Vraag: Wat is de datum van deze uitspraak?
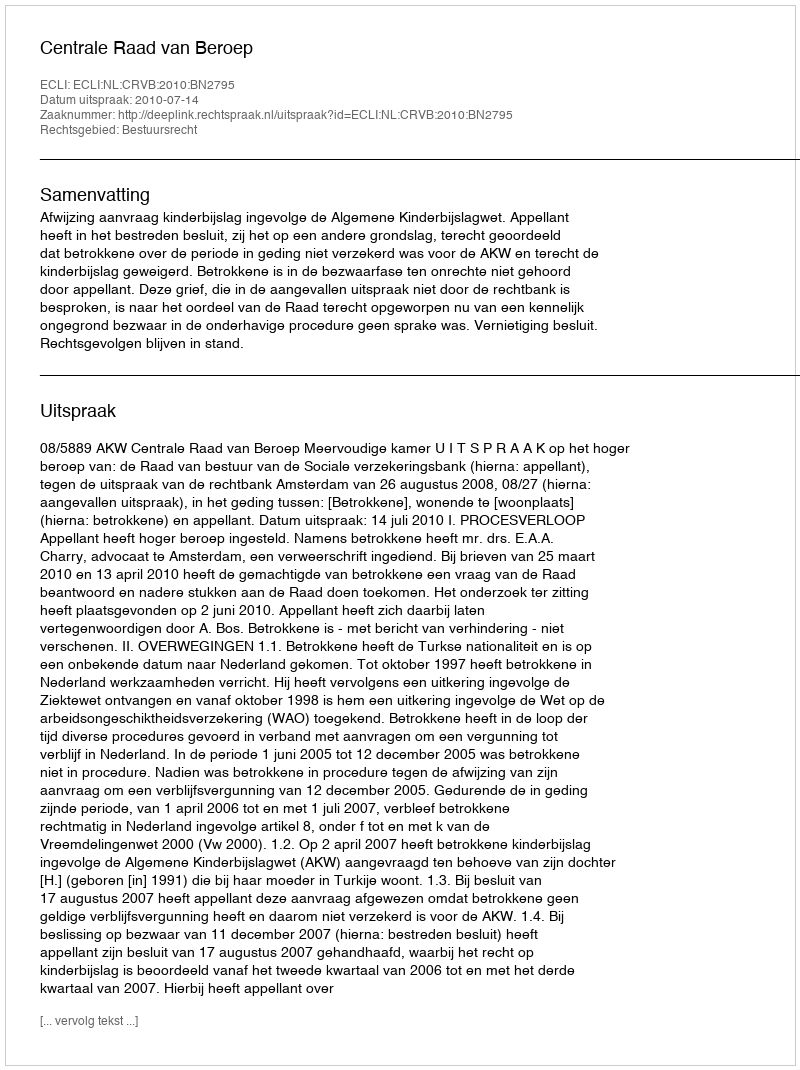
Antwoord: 2010-07-14